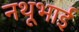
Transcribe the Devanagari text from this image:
नथूभाई